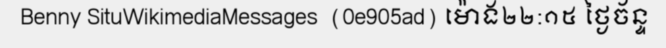
Benny SituWikimediaMessages  (0e905ad) ម៉ោង២២:១៥ ថ្ងៃច័ន្ទ